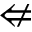
\nLeftarrow